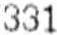
331